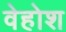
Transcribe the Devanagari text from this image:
वेहोश